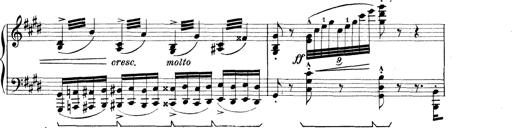
Title: Rapsodie: 19 ungheresi, 1 spagnuola
Composer: Franz Liszt